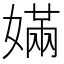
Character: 𡠪